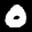
Label: 0